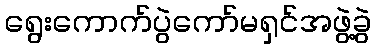
ရွေးကောက်ပွဲကော်မရှင်အဖွဲ့ခွဲ